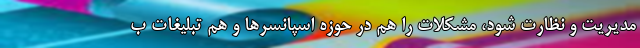
مدیریت و نظارت شود، مشکلات را هم در حوزه اسپانسرها و هم تبلیغات ب